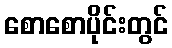
စောစောပိုင်းတွင်